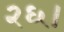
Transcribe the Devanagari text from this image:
२६।